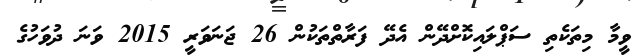
ވީމާ މިތަކެތި ސަޕްލައިކޮށްދޭން އެދޭ ފަރާތްތަކުން 26 ޖަނަވަރީ 2015 ވަނަ ދުވަހުގެ